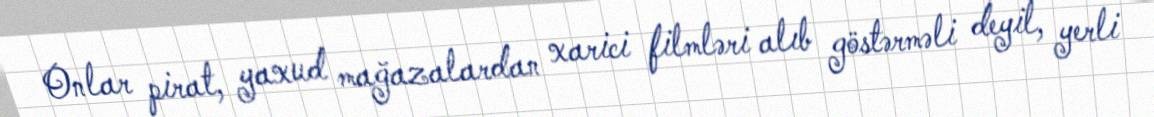
Onlar pirat, yaxud mağazalardan xarici filmləri alıb göstərməli deyil, yerli